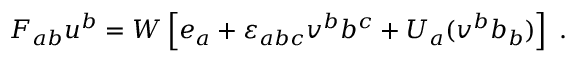
F _ { a b } u ^ { b } = W \left[ e _ { a } + { \varepsilon } _ { a b c } v ^ { b } b ^ { c } + U _ { a } ( v ^ { b } b _ { b } ) \right] \; .